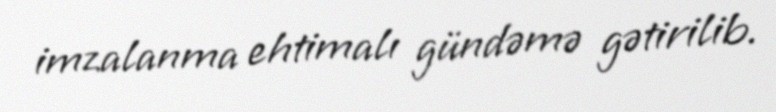
imzalanma ehtimalı gündəmə gətirilib.